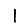
Digit: 1